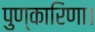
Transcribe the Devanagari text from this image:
पुण्कारिणा।